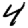
Digit: 4